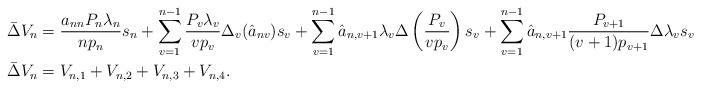
LaTeX: \begin{align*}\bar{\Delta}V_{n}&=\frac{a_{nn}P_{n}\lambda_{n}}{np_{n}}s_{n}+\sum_{v=1}^{n-1}\frac{P_{v}\lambda_{v}}{vp_{v}}\Delta_{v}(\hat{a}_{nv})s_{v}+\sum_{v=1}^{n-1}\hat{a}_{n,v+1}\lambda_{v}\Delta\left( \frac{P_{v}}{vp_{v}}\right)s_{v}+\sum_{v=1}^{n-1}\hat{a}_{n,v+1}\frac{P_{v+1}}{(v+1)p_{v+1}}\Delta\lambda_{v}s_{v}\\\bar{\Delta}V_{n}&=V_{n,1}+V_{n,2}+V_{n,3}+V_{n,4}.\end{align*}